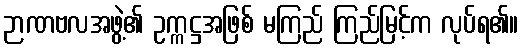
ဉာဏဗလအဖွဲ့၏ ဥက္ကဋ္ဌအဖြစ် မကြည် ကြည်မြင့်က လုပ်ရ၏။